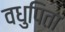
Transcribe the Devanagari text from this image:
वधुपिता